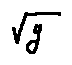
\sqrt { y }